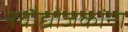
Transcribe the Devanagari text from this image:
नवौद्योजकांना